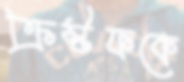
ক্রিস্টফকে